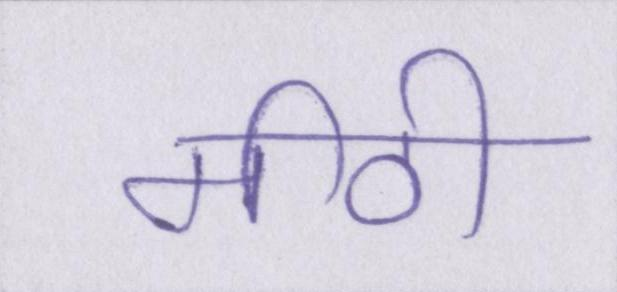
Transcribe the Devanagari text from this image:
मीठी